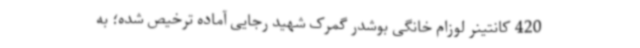
420 کانتینر لوزام خانگی بوشدر گمرک شهید رجایی آماده ترخیص شده؛ ‌به